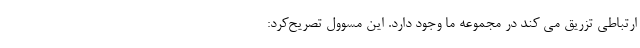
ارتباطی تزریق می کند در مجموعه ما وجود دارد. این مسوول تصریح‌کرد: